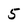
Character: 5